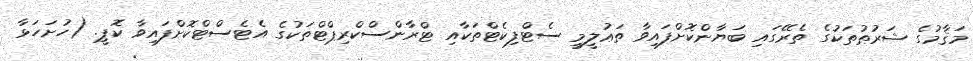
މަޤާމުގެ ޝަރުޠުތަކުގެ ތެރޭގައި ބަޔާންކޮށްފައިވާ ތަޢުލީމީ ސެޓްފިކެޓްތަކާއި ޓްރާންސްކްރިޕްޓްތަކުގެ އެޓެސްޓްކޮށްފައިވާ ކޮޕީ. (ހުށަހަޅާ